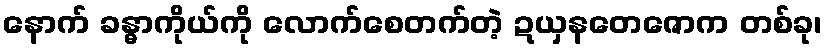
နောက် ခန္ဓာကိုယ်ကို လောက်စေတက်တဲ့ ဍယှနတေဇောက တစ်ခု၊